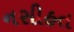
નસીહત